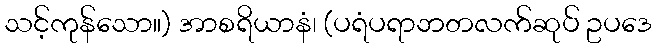
သင့်ကုန်သော။) အာစရိယာနံ၊ (ပရံပရာဘတလက်ဆုပ် ဥပဒေ